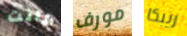
كانت مورف ريبكا